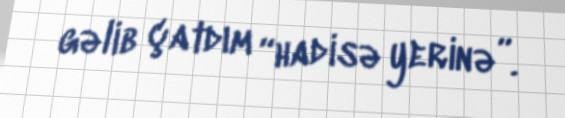
gəlib çatdım “hadisə yerinə”.